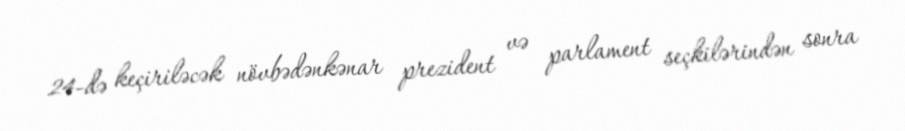
24-də keçiriləcək növbədənkənar prezident və parlament seçkilərindən sonra